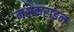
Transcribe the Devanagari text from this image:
मसकराइन